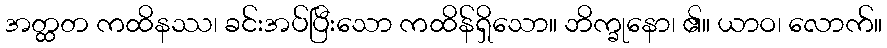
အတ္ထတ ကထိနဿ၊ ခင်းအပ်ပြီးသော ကထိန်ရှိသော။ ဘိက္ခုနော၊ ၏။ ယာဝ၊ လောက်။